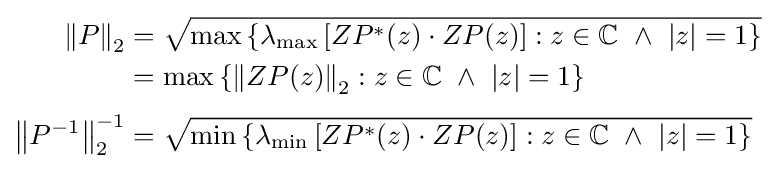
{\begin{aligned}\left\|P\right\|_{2}&={\sqrt {\max \left\{\lambda _{\text{max}}\left[ZP^{*}(z)\cdot ZP(z)\right]:z\in \mathbb {C} \ \land \ |z|=1\right\}}}\\&=\max \left\{\left\|ZP(z)\right\|_{2}:z\in \mathbb {C} \ \land \ |z|=1\right\}\\[3pt]\left\|P^{-1}\right\|_{2}^{-1}&={\sqrt {\min \left\{\lambda _{\text{min}}\left[ZP^{*}(z)\cdot ZP(z)\right]:z\in \mathbb {C} \ \land \ |z|=1\right\}}}\end{aligned}}